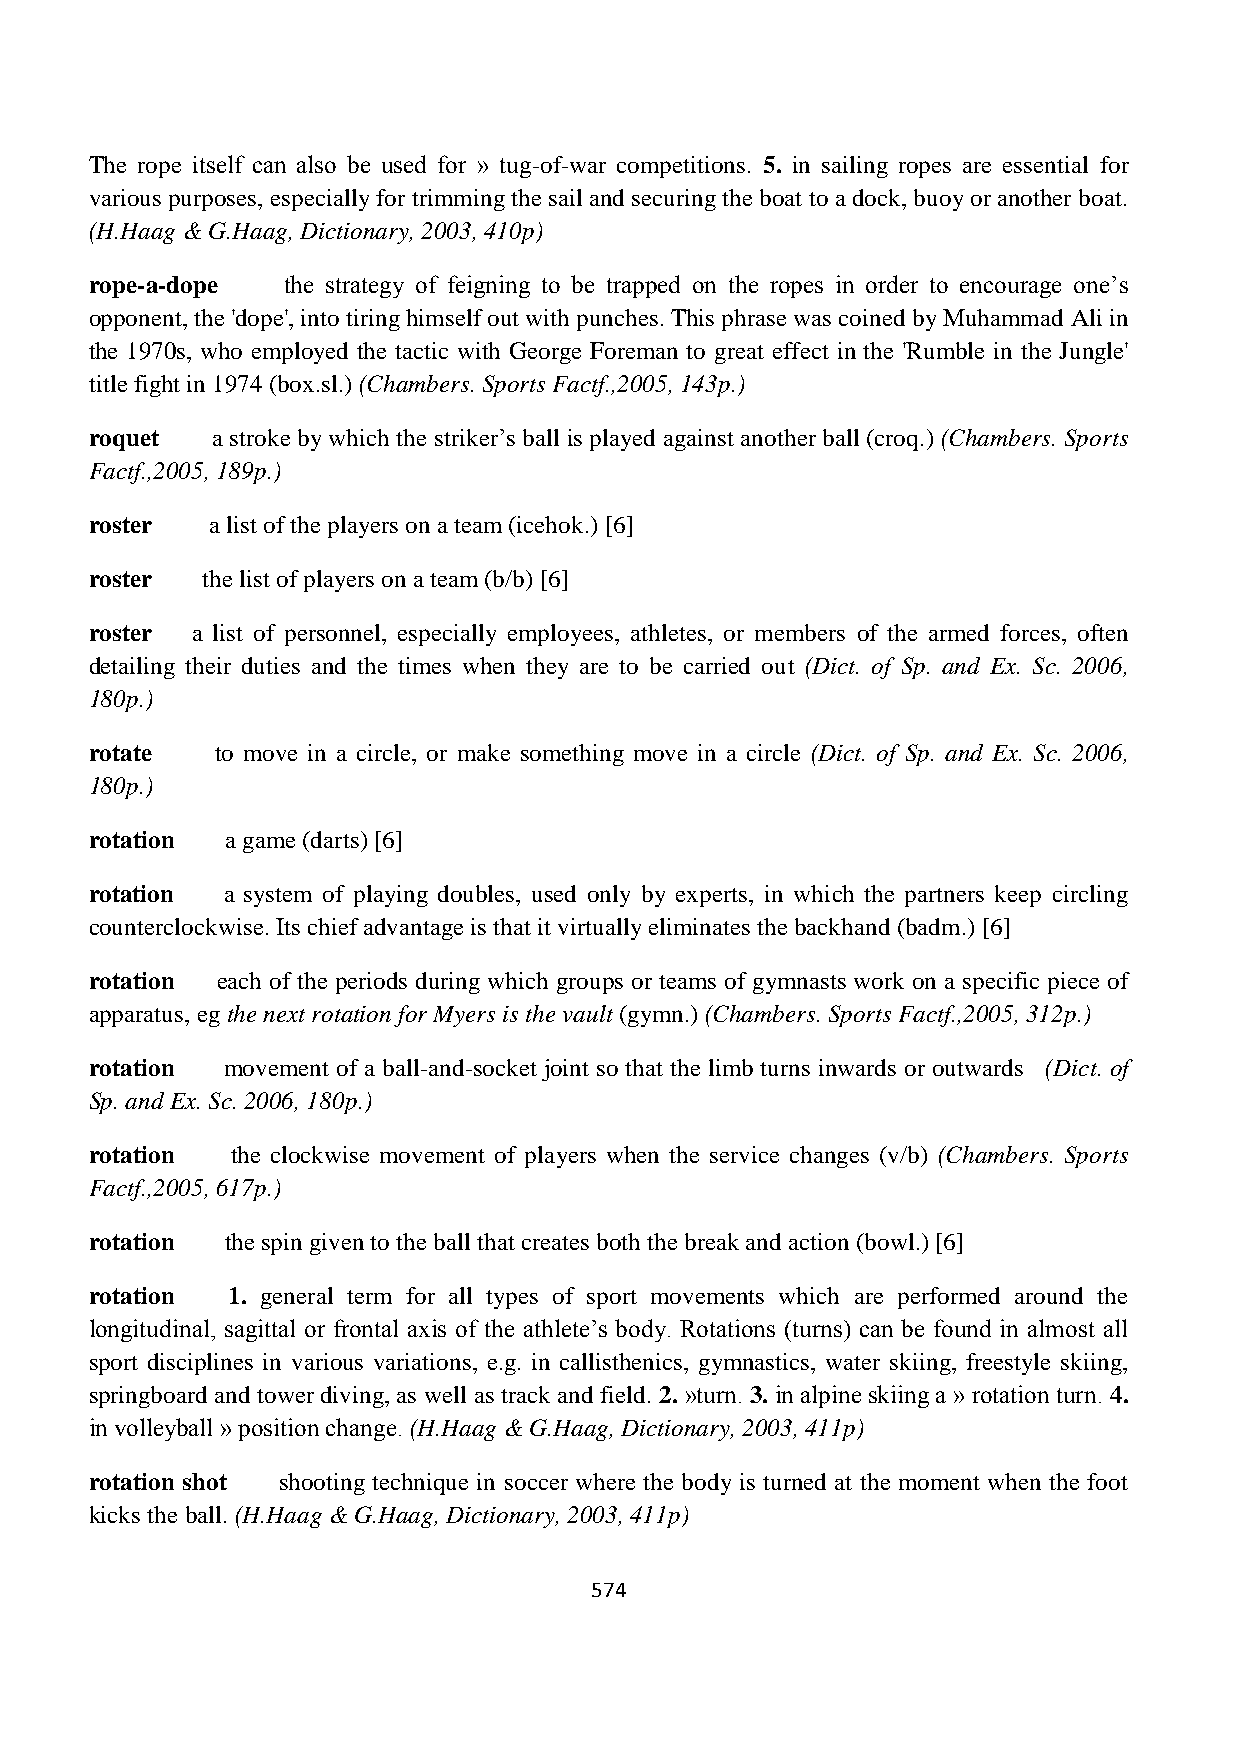
The rope itself can also be used for » tug-of-war competitions. 5. in sailing ropes are essential for
 various purposes, especially for trimming the sail and securing the boat to a dock, buoy or another boat.
 (H.Haag & G.Haag, Dictionary, 2003, 410p)
 rope-a-dope  the strategy of feigning to be trapped on the ropes in order to encourage one’s
 opponent, the 'dope', into tiring himself out with punches. This phrase was coined by Muhammad Ali in
 the 1970s, who employed the tactic with George Foreman to great effect in the 'Rumble in the Jungle'
 title fight in 1974 (box.sl.) (Chambers. Sports Factf.,2005, 143p.)
 roquet  a stroke by which the striker’s ball is played against another ball (croq.) (Chambers. Sports
 Factf.,2005, 189p.)
 roster  a list of the players on a team (icehok.) [6]
 roster the list of players on a team (b/b) [6]
 roster a list of personnel, especially employees, athletes, or members of the armed forces, often
 detailing their duties and the times when they are to be carried out (Dict. of Sp. and Ex. Sc. 2006,
 180p.)
 rotate  to move in a circle, or make something move in a circle (Dict. of Sp. and Ex. Sc. 2006,
 180p.)
 rotation a game (darts) [6]
 rotation a system of playing doubles, used only by experts, in which the partners keep circling
 counterclockwise. Its chief advantage is that it virtually eliminates the backhand (badm.) [6]
 rotation each of the periods during which groups or teams of gymnasts work on a specific piece of
 apparatus, eg the next rotation for Myers is the vault (gymn.) (Chambers. Sports Factf.,2005, 312p.)
 rotation movement of a ball-and-socket joint so that the limb turns inwards or outwards (Dict. of
 Sp. and Ex. Sc. 2006, 180p.)
 rotation the clockwise movement of players when the service changes (v/b) (Chambers. Sports
 Factf.,2005, 617p.)
 rotation the spin given to the ball that creates both the break and action (bowl.) [6]
 rotation 1. general term for all types of sport movements which are performed around the
 longitudinal, sagittal or frontal axis of the athlete’s body. Rotations (turns) can be found in almost all
 sport disciplines in various variations, e.g. in callisthenics, gymnastics, water skiing, freestyle skiing,
 springboard and tower diving, as well as track and field. 2. »turn. 3. in alpine skiing a » rotation turn. 4.
 in volleyball » position change. (H.Haag & G.Haag, Dictionary, 2003, 411p)
 rotation shot shooting technique in soccer where the body is turned at the moment when the foot
 kicks the ball. (H.Haag & G.Haag, Dictionary, 2003, 411p)
 574